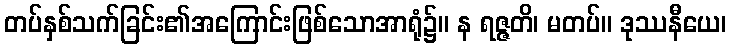
တပ်နှစ်သက်ခြင်း၏အကြောင်းဖြစ်သောအာရုံ၌။ န ရဇ္ဇတိ၊ မတပ်။ ဒုဿနီယေ၊